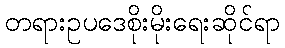
တရားဥပဒေစိုးမိုးရေးဆိုင်ရာ